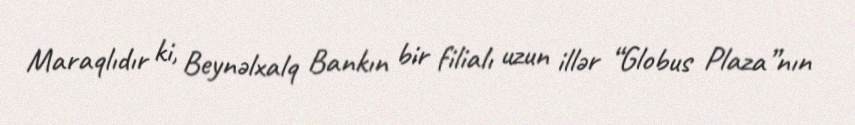
Maraqlıdır ki, Beynəlxalq Bankın bir filialı uzun illər “Globus Plaza”nın